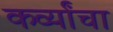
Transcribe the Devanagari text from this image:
कर्व्यांचा